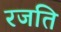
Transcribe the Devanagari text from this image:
रजति